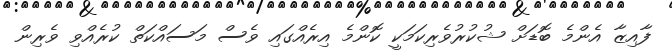
ފާއިޒާ އެންމެ ބޮޑަށް ޝުކުރުވެރިކަމަކީ ކޮންމެ އިރެއްގައި ވެސް މަސައްކަތް ކުރެއްވި ވެރިން